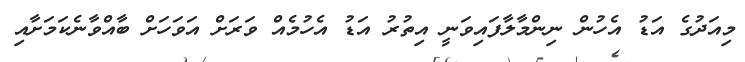
މިއަދުގެ އަޑު އެހުން ނިންމާލާފައިވަނީ އިތުރު އަޑު އެހުމެއް ވަރަށް އަވަހަށް ބާއްވާނެކަމަށާއި